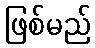
ဖြစ်မည်